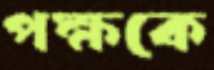
পক্ষকে